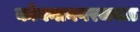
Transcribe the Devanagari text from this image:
कोयनानगरजवळ